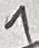
Text: 1